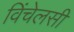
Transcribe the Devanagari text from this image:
विंचेलसी